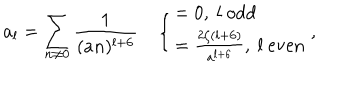
LaTeX: a _ { l } = \sum _ { n \neq 0 } \frac { 1 } { ( a n ) ^ { l + 6 } } \quad \left\{ \begin{array} { l } { { = 0 , \ l \ \mathrm { o d d } } } \\ { { = \frac { 2 \zeta ( l + 6 ) } { a ^ { l + 6 } } , \ l \ \mathrm { e v e n } } } \\ \end{array} \right. ,